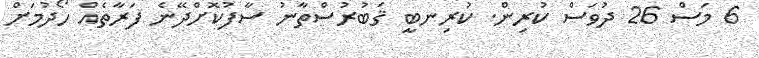
6 މަސް 26 ދުވަސް ކުރިން. ކުރިނބީ ޤަބުރުސްތާނު ސާފުކޮށްދޭނެ ފަރާތެއް ހޯދުމަށް